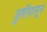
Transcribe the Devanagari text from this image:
ढुषीपासून